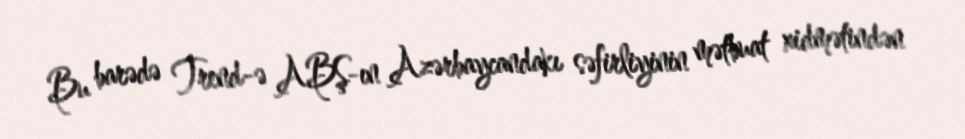
Bu barədə Trend-ə ABŞ-ın Azərbaycandakı səfirliyinin mətbuat xidmətindən